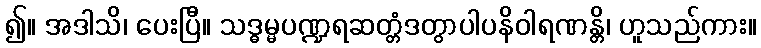
၍။ အဒါသိ၊ ပေးပြီ။ သဒ္ဓမ္မပဏ္ဍရဆတ္တံဒတွာပါပနိဝါရဏန္တိ၊ ဟူသည်ကား။